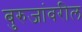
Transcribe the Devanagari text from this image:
बुरुजांवरील